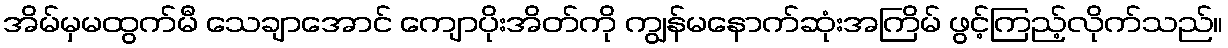
အိမ်မှမထွက်မီ သေချာအောင် ကျောပိုးအိတ်ကို ကျွန်မနောက်ဆုံးအကြိမ် ဖွင့်ကြည့်လိုက်သည်။